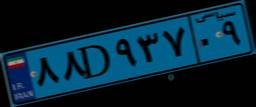
۸۸D۹۳۷۰۹